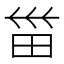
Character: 𱰭